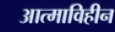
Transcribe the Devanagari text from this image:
आत्माविहीन